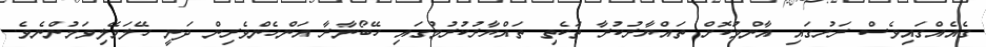
ގެއެއްގައިވެސް ރަށުގައި އާންމުކޮށް ތައްޔާރުކުރާ ތަކެތި ތައްޔާރުކުރުމުގައި ހޭބޯނާރާ އަންހެންވެރިން ދަނީ ހޭލަމޭލިވަމުންނެވެ.